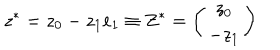
z ^ { * } = z _ { 0 } - z _ { 1 } e _ { 1 } \equiv Z ^ { * } = \left( \begin{array} { c } { { z _ { 0 } } } \\ { { - z _ { 1 } } } \\ \end{array} \right)